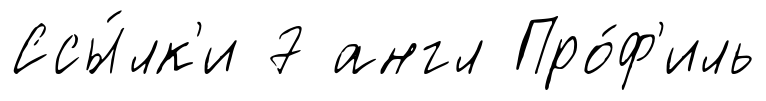
Ссы́лк'и 7 англ Про́ф'иль